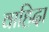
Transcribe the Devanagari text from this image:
वाहिदा